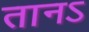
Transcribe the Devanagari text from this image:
तानऽ